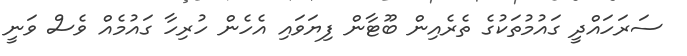
ސަރަހައްދީ ގައުމުތަކުގެ ތެރެއިން ބޫޓާން ފިޔަވައި އެހެން ހުރިހާ ގައުމެއް ވެސް ވަނީ